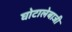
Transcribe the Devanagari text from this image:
घोटालेबाजी